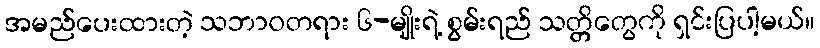
အမည်ပေးထားတဲ့ သဘာဝတရား ၆-မျိုးရဲ့ စွမ်းရည် သတ္တိတွေကို ရှင်းပြပါ့မယ်။